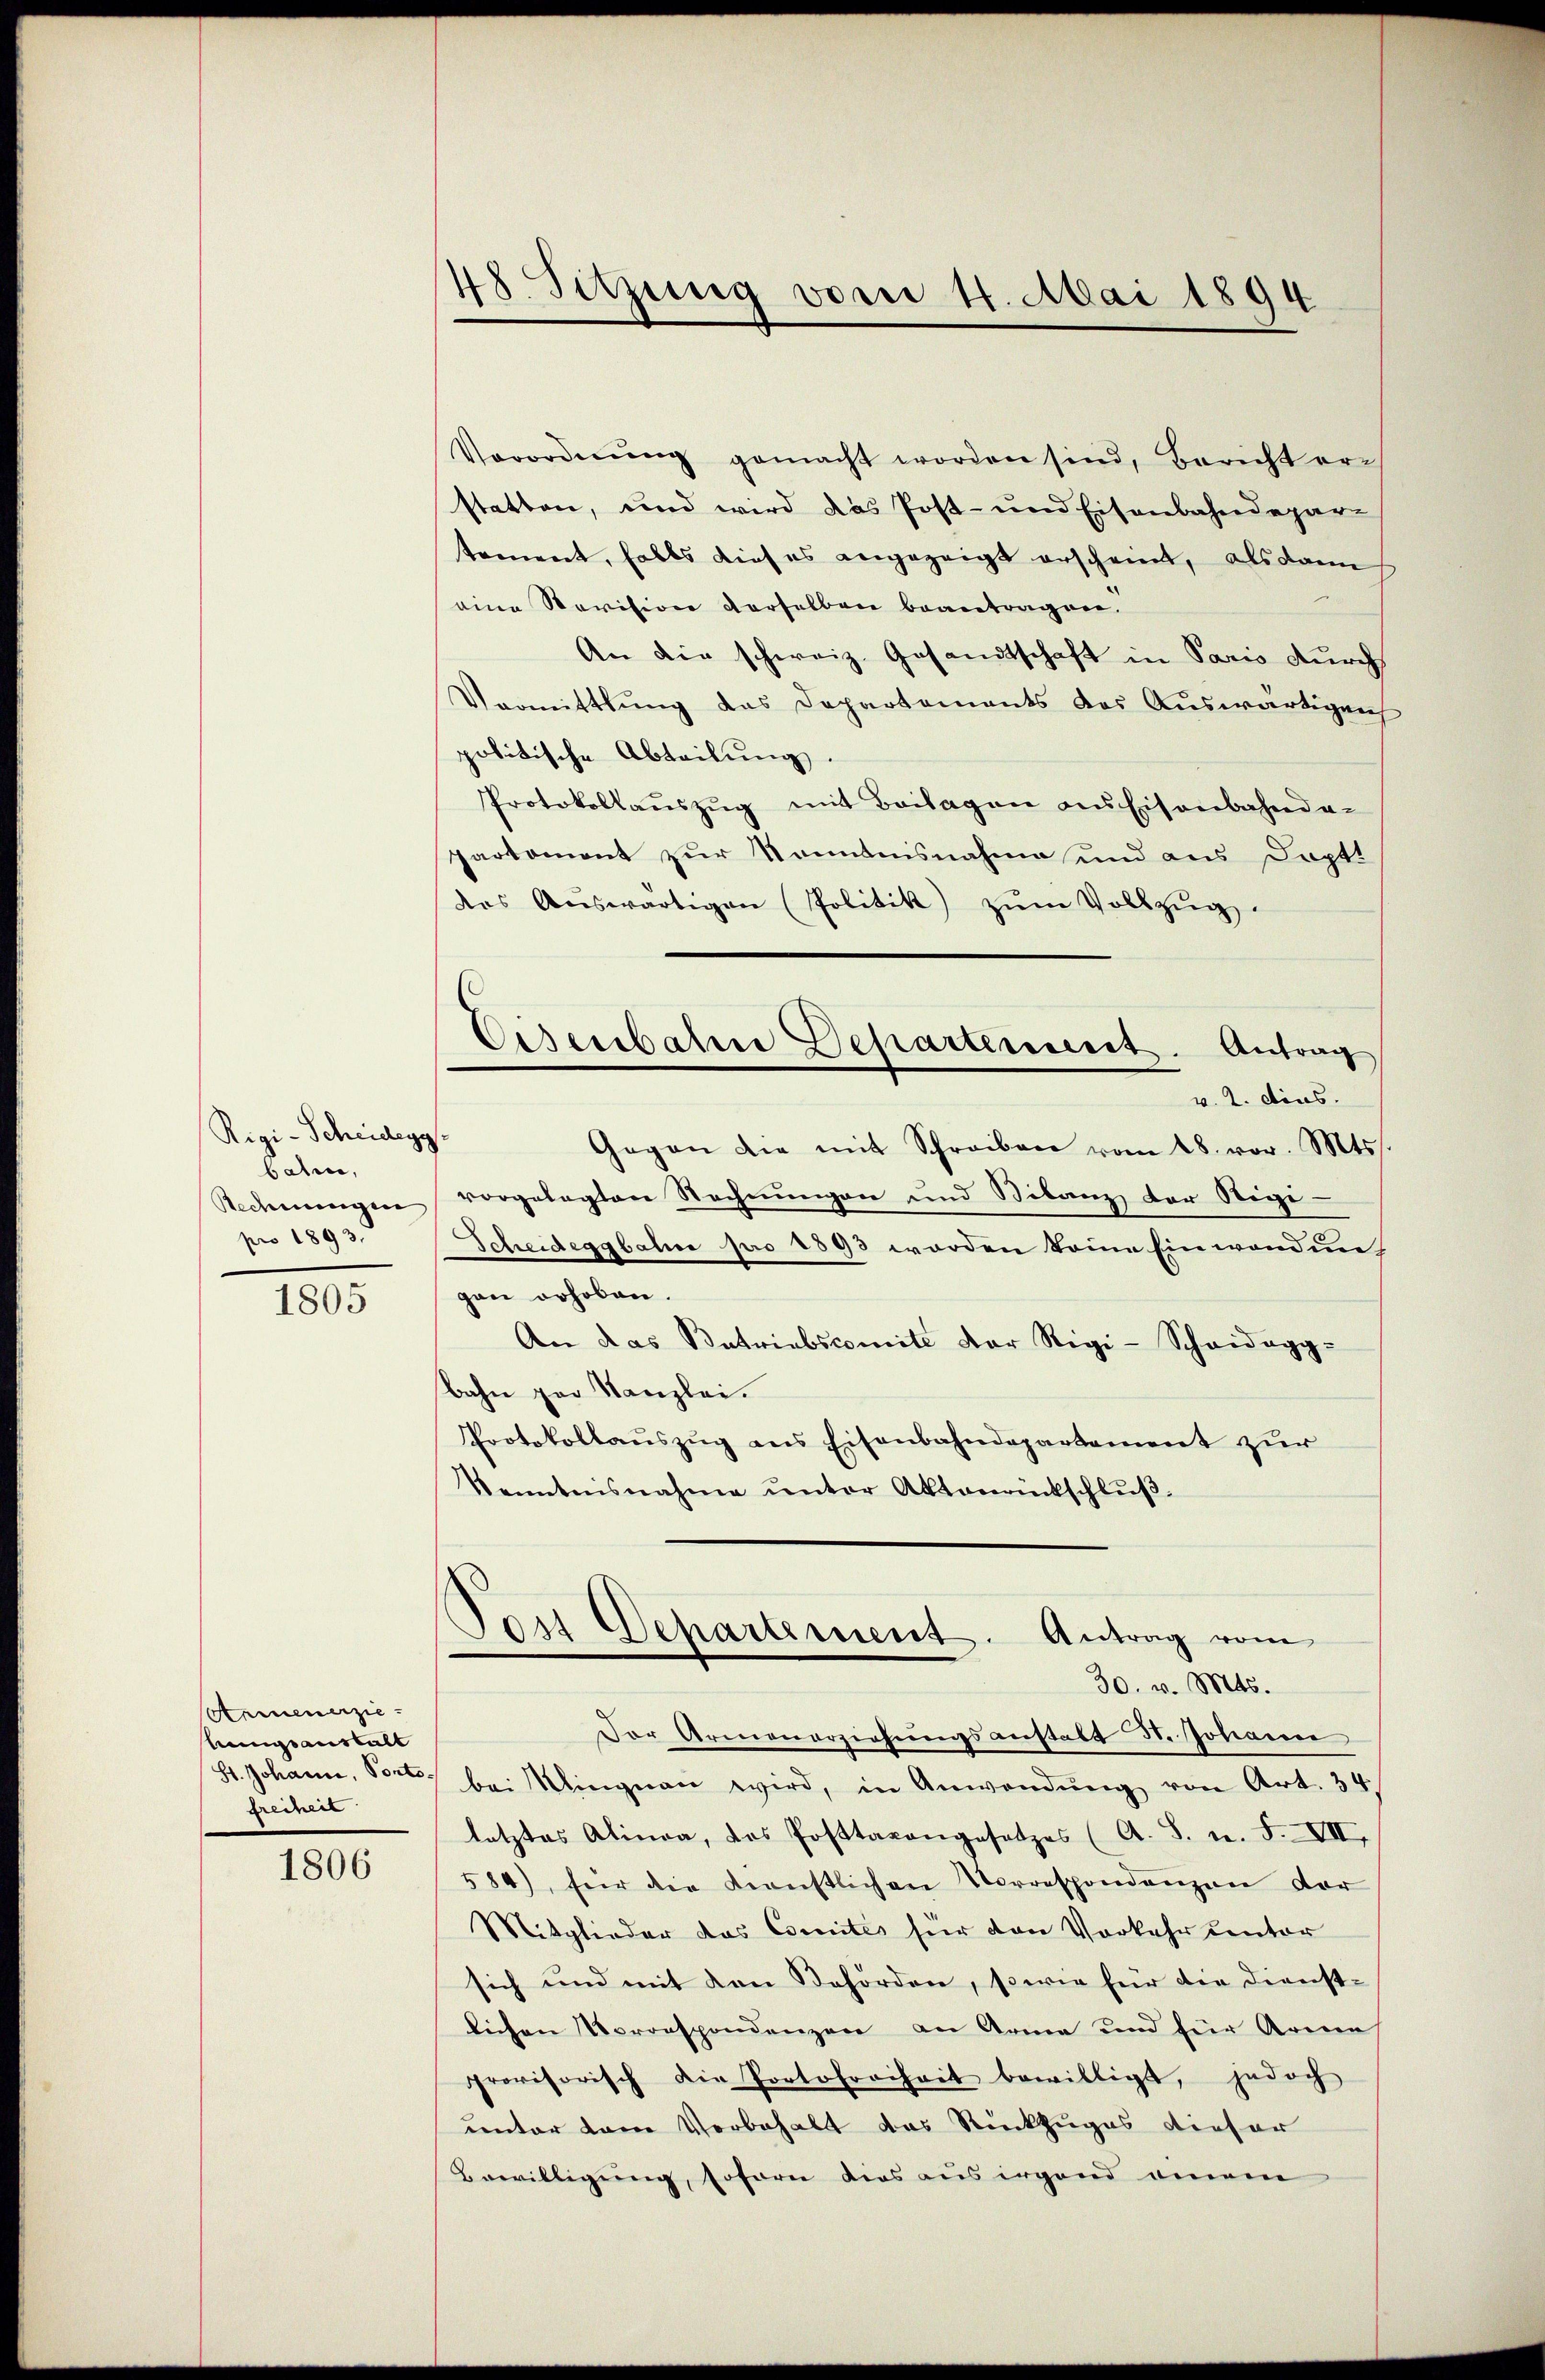
Rigi-Scheidegg.
baten,
Redmungen
pro 1893.

1805

Armenerziekungsanstalt
freien

1806

48. Sitzung vom 4. Mai 1894

Eisenbatene Departement. Antrag

Verordnŭng gemacht worden sind, Bericht erstatten, und wird das Post- und Eisenbahndepare
tement, falls dieses angezeigt erscheint, als dann
eine Revision derselben beantragen.
An die schweiz. Gesandtschaft in Paris durch
Vermittlung das Departements des Auswärtigenh
politische Abteilŭng.
Protokollaŭszŭg mit Beilagen aus Eisenbahnda-
Partemont zur Kenntnisnahme und aus Doptt
das Aŭswärtigen (Politik zŭm Vollzŭg.
v. 2. dies
Gegen die mit Schreiben vom 28. vor. Mts.
vorgelegten Rechnungen und Bilanz der Stege-
Scheideggbahne pro 1893 worden komme Einwendung
gen erhoben.
An das Betriebscomite der Rigi-Schaidegg-
bahn par Kanzlei.
Protokollauszug aus Eisenbahndepartement zur
kenntnisnahme unter Aktenrückschlŭβ
Von Departement. Antrag vom
30. v. Mts.
Der Armenerziehungsanstalt d. Johan
St. Johann, Porte bei Klingnau wird, in Anwendŭng von Art. 34
letztes Alinea, das Posttaxangesetzes (A. S. n. F. VII,
584), für die Kernstlichen Vorrespondenzen vor
Mitglieder das Comités für von Vorkehr unter
sich und mit den Behörden, sowie für die Dienst-
lichen Vorrespondenzen an Arme und für Arme
provisorisch die Portofreiheit bewilligt, jedoch
unter dem Vorbehalt das Rückzuges dieser
Bewilligung, soforn dies aus irgend einem